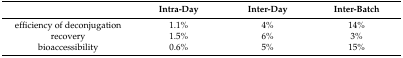
<table><thead><tr><td></td><td><b>Intra-Day</b></td><td><b>Inter-Day</b></td><td><b>Inter-Batch</b></td></tr></thead><tbody><tr><td>efficiency of deconjugation</td><td>1.1%</td><td>4%</td><td>14%</td></tr><tr><td>recovery</td><td>1.5%</td><td>6%</td><td>3%</td></tr><tr><td>bioaccessibility</td><td>0.6%</td><td>5%</td><td>15%</td></tr></tbody></table>